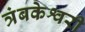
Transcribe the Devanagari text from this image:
त्रंबकेश्वरी